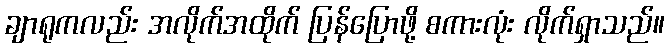
ချာရုကလည်း အလိုက်အထိုက် ပြန်ပြောဖို့ စကားလုံး လိုက်ရှာသည်။